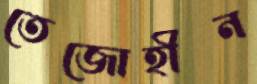
তেজোহীন